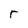
Character: r